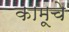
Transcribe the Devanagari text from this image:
कामूचे